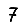
Digit: 7